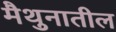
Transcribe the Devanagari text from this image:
मैथुनातील